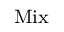
_ { \mathrm { M i x } }